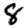
Digit: 8